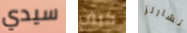
سيدي كيف تشارلز